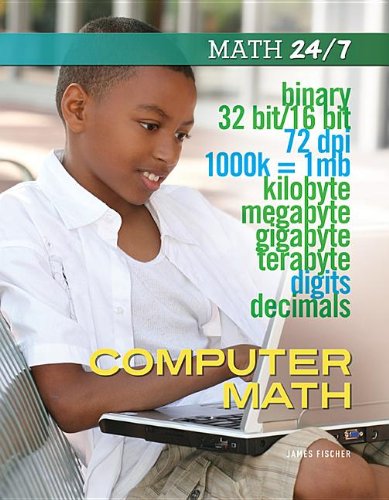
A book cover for Computer Math (Math 24/7); James Fischer; Teen & Young Adult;